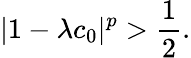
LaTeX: |1-\lambda c_{0}|^{p}>\frac{1}{2}.